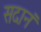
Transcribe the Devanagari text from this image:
सदानं